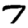
Digit: 7